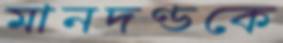
মানদণ্ডকে